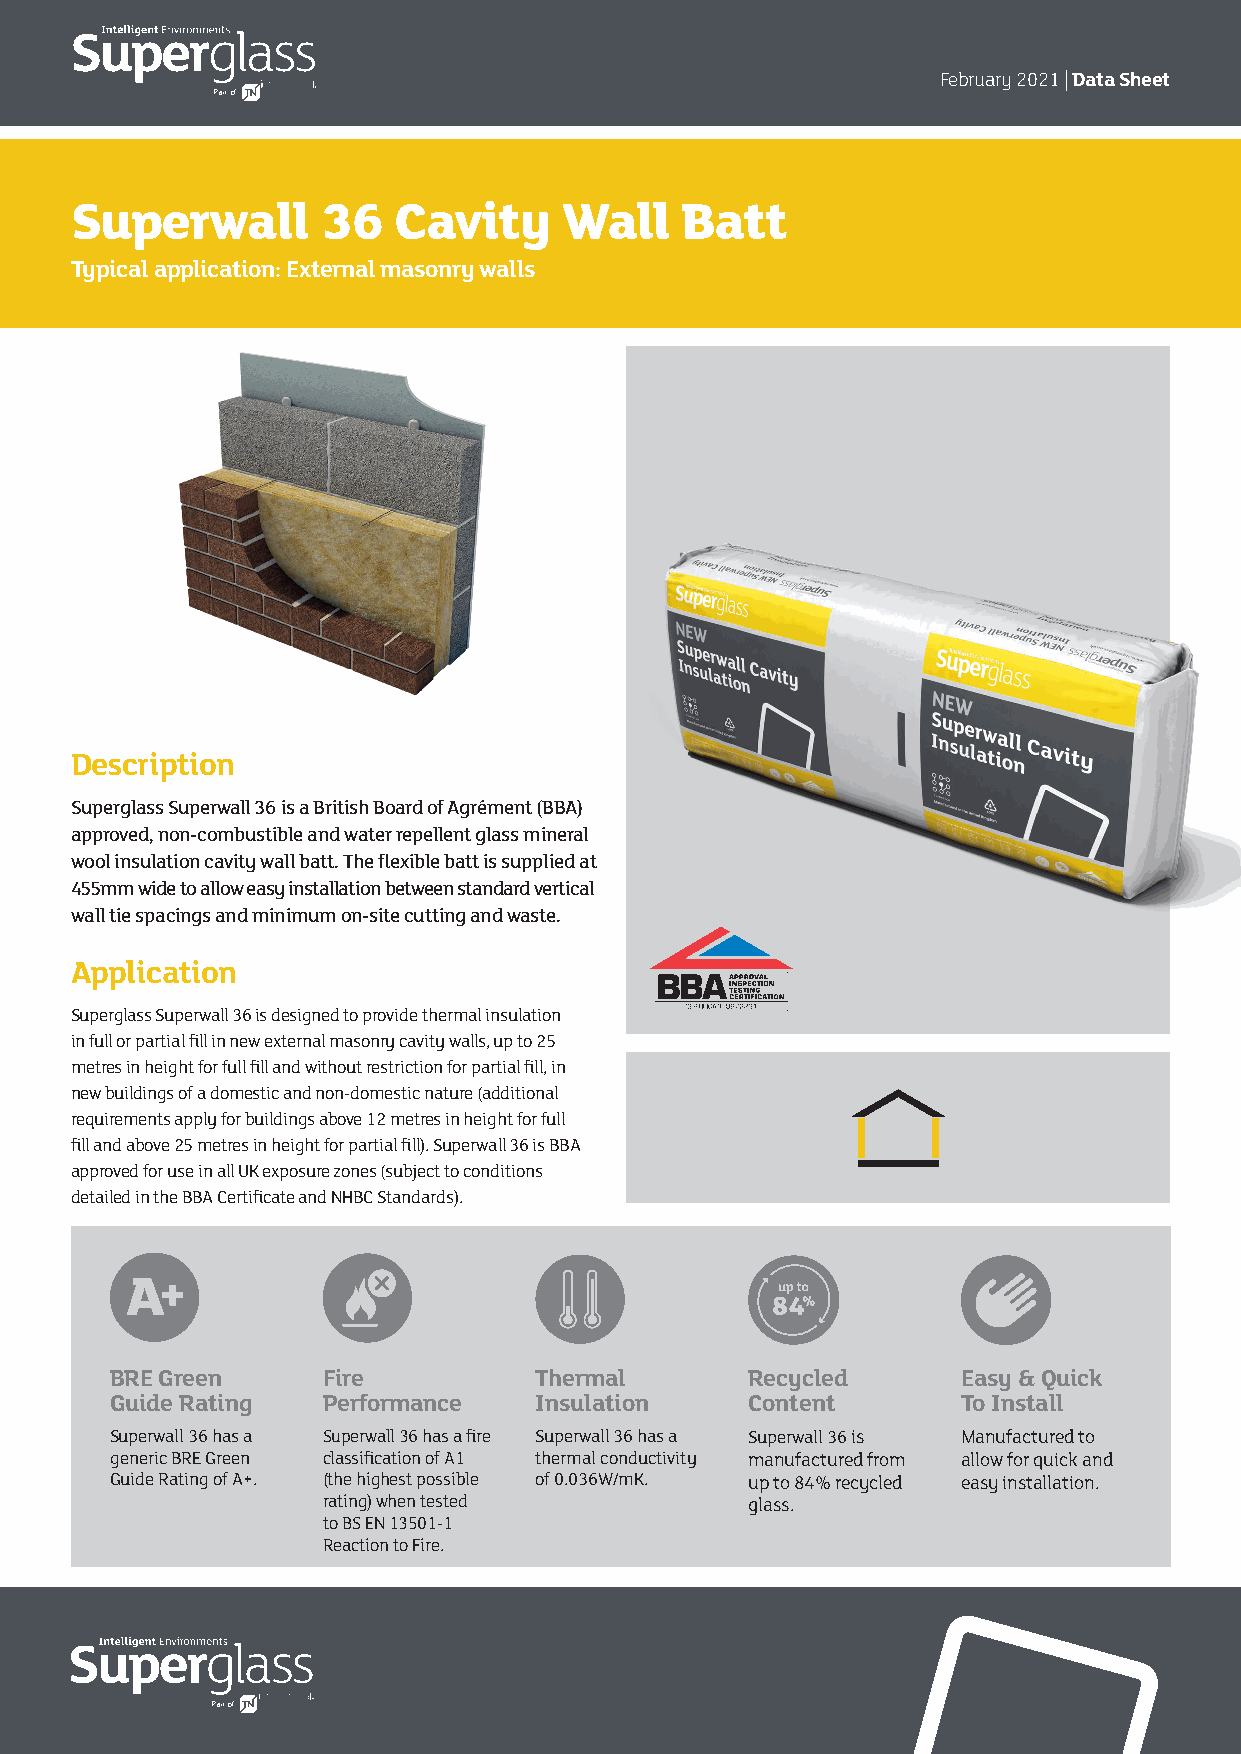
February 2021 | Data Sheet
 Part of
 Superwall       36   Cavity     Wall    Batt
 Typical application: External masonry walls
 Description
 Superglass Superwall 36 is a British Board of Agrément (BBA)
 approved, non-combustible and water repellent glass mineral
 wool insulation cavity wall batt. The flexible batt is supplied at
 455mm wide to allow easy installation between standard vertical
 wall tie spacings and minimum on-site cutting and waste.
 Application
 Superglass Superwall 36 is designed to provide thermal insulation
 in full or partial fill in new external masonry cavity walls, up to 25
 metres in height for full fill and without restriction for partial fill, in
 new buildings of a domestic and non-domestic nature (additional
 requirements apply for buildings above 12 metres in height for full
 fill and above 25 metres in height for partial fill). Superwall 36 is BBA
 approved for use in all UK exposure zones (subject to conditions
 detailed in the BBA Certificate and NHBC Standards).
 BRE Green     Fire          Thermal        Recycled      Easy & Quick
 Guide Rating  Performance   Insulation     Content       To Install
 Superwall 36 has a Superwall 36 has a fire Superwall 36 has a Superwall 36 is Manufactured to
 generic BRE Green classification of A1 thermal conductivity manufactured from allow for quick and
 Guide Rating of A+. (the highest possible of 0.036W/mK. up to 84% recycled easy installation.
 rating) when tested          glass.
 to BS EN 13501-1
 Reaction to Fire.
 Part of